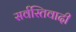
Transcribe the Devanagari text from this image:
सर्वस्तिवादी